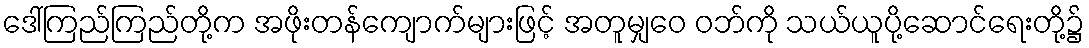
ဒေါ်ကြည်ကြည်တို့က အဖိုးတန်ကျောက်များဖြင့် အတူမျှဝေ ဝဘ်ကို သယ်ယူပို့ဆောင်ရေးတို့၌